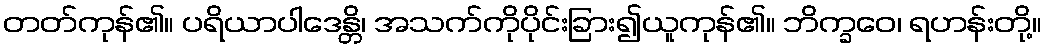
တတ်ကုန်၏။ ပရိယာပါဒေန္တိ၊ အသက်ကိုပိုင်းခြား၍ယူကုန်၏။ ဘိက္ခဝေ၊ ရဟန်းတို့။